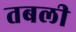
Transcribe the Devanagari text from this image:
तबली